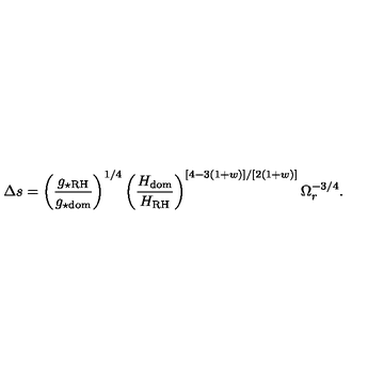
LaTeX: \Delta s = \left( \frac { g _ { \star \mathrm { R H } } } { g _ { \star \mathrm { d o m } } } \right) ^ { 1 / 4 } \left( \frac { H _ { \mathrm { d o m } } } { H _ { \mathrm { R H } } } \right) ^ { [ 4 - 3 ( 1 + w ) ] / [ 2 ( 1 + w ) ] } \Omega _ { r } ^ { - 3 / 4 } .